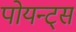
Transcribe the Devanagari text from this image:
पोयन्ट्‌स